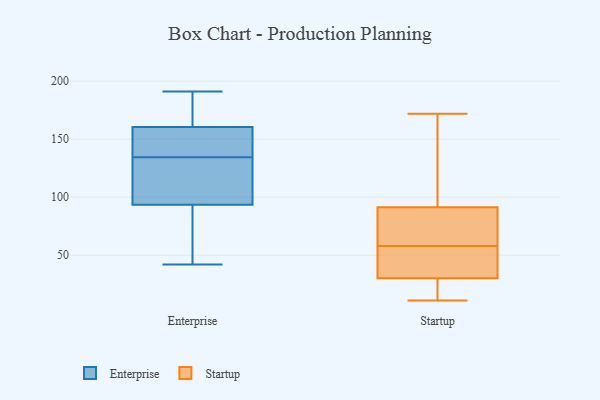
{"axis": {"x": "Production Output", "y": "Value"}, "legend": ["Enterprise", "Startup"], "data": [{"x": "", "y": 189, "type": "Enterprise"}, {"x": "", "y": 154, "type": "Enterprise"}, {"x": "", "y": 142, "type": "Enterprise"}, {"x": "", "y": 191, "type": "Enterprise"}, {"x": "", "y": 100, "type": "Enterprise"}, {"x": "", "y": 144, "type": "Enterprise"}, {"x": "", "y": 127, "type": "Enterprise"}, {"x": "", "y": 188, "type": "Enterprise"}, {"x": "", "y": 151, "type": "Enterprise"}, {"x": "", "y": 120, "type": "Enterprise"}, {"x": "", "y": 65, "type": "Enterprise"}, {"x": "", "y": 87, "type": "Enterprise"}, {"x": "", "y": 100, "type": "Enterprise"}, {"x": "", "y": 167, "type": "Enterprise"}, {"x": "", "y": 67, "type": "Enterprise"}, {"x": "", "y": 42, "type": "Enterprise"}, {"x": "", "y": 15, "type": "Startup"}, {"x": "", "y": 33, "type": "Startup"}, {"x": "", "y": 151, "type": "Startup"}, {"x": "", "y": 11, "type": "Startup"}, {"x": "", "y": 39, "type": "Startup"}, {"x": "", "y": 83, "type": "Startup"}, {"x": "", "y": 68, "type": "Startup"}, {"x": "", "y": 30, "type": "Startup"}, {"x": "", "y": 116, "type": "Startup"}, {"x": "", "y": 60, "type": "Startup"}, {"x": "", "y": 30, "type": "Startup"}, {"x": "", "y": 58, "type": "Startup"}, {"x": "", "y": 172, "type": "Startup"}]}